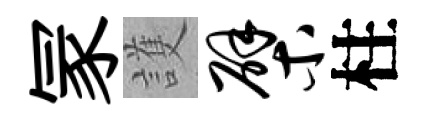
冡護檗柱